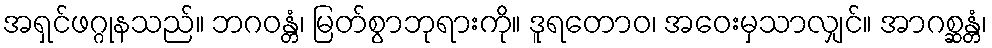
အရှင်ဖဂ္ဂုနသည်။ ဘဂဝန္တံ၊ မြတ်စွာဘုရားကို။ ဒူရတောဝ၊ အဝေးမှသာလျှင်။ အာဂစ္ဆန္တံ၊